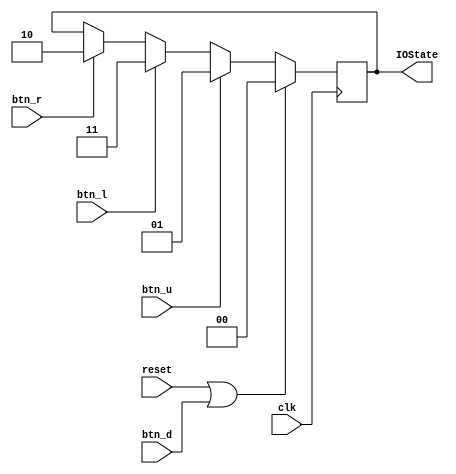
module button (
    input clk, reset,
    input btn_u, btn_d, btn_l, btn_r,
    // 0: Wait for operation
    // 1: Wait for address input to write ram
    // 2: Wait for address input to read ram
    // 3: Wait for data input to write ram

    output reg [1:0] IOState
    );

    initial begin
        IOState = 0;
    end

    always @ (posedge clk) begin
        if (reset | btn_d) IOState <= 2'b00;
        else if (btn_u) IOState    <= 2'b01;
        else if (btn_l) IOState    <= 2'b11;
        else if (btn_r) IOState    <= 2'b10;
    end

endmodule // button


module button_tb ();
    reg clk, reset;
    reg btn_u, btn_d, btn_l, btn_r;
    wire [1:0] IOState;

    button _button(clk, reset, btn_u, btn_d, btn_l, btn_r, IOState);


    initial begin
        $dumpvars(0, _button);
        clk =  0;
        btn_u = 0;
        btn_d = 0;
        btn_l = 0;
        btn_r = 0;
        # 20 reset = 1;
        # 10 reset = 0;
        # 20 btn_u = 1;
        # 10 btn_u = 0;
        # 500 btn_d = 1;
        # 10 btn_d = 0;
        # 10 btn_d = 1;
        # 10 btn_d = 0;
        # 20 btn_l = 1;
        # 10 btn_l = 0;
        # 500 btn_d = 1;
        # 10 btn_d = 0;
        # 20 btn_r = 1;
        # 10 btn_r = 0;
        # 50 btn_d = 1;
        # 10 btn_d = 0;
        # 50 $finish;
    end

    always #5
        clk = ~clk;

endmodule // button_tb